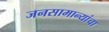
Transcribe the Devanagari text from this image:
जनसामान्यांचा